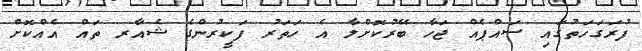
ފުރަގަހަތުގައި ސައްޕެއް ޖަހާ ބޭރުކޮށްލާ އެ ހަތަރު ފަކީރުންގެ ޝެއާރ ތައް އެއްކޮށް